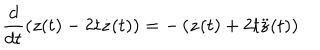
\frac { d } { d t } \left( z ( t ) - 2 t \dot { z } ( t ) \right) = - \left( \dot { z } ( t ) + 2 t \ddot { z } ( t ) \right)